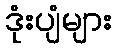
ဒုံးပျံများ